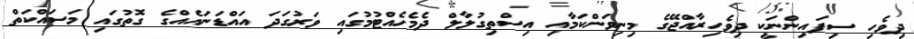
ދިވެހި ސިފައިންނަކީ ދިވެހިރާއްޖޭގެ މިނިވަންކަމާއި އިސްތިގުލާލް ދެމެހެއްޓުމުގައި ވަރުގަދަ އައްޑަނައެއްގެ ގޮތުގައި މަސައްކަތް